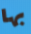
بها